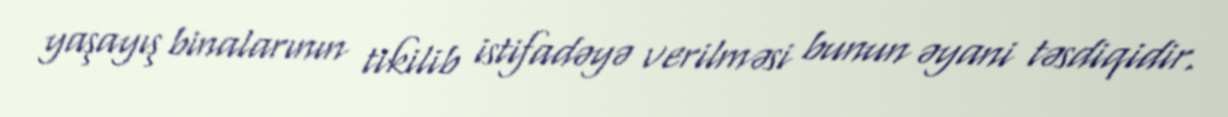
yaşayış binalarının tikilib istifadəyə verilməsi bunun əyani təsdiqidir.